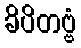
ခိပိတဗ္ဗံ